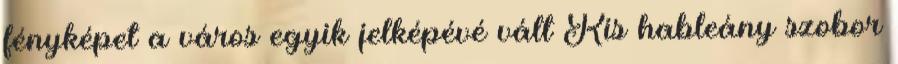
fényképet a város egyik jelképévé vált Kis hableány szobor